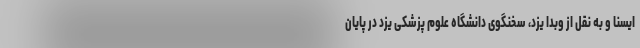
ایسنا و به نقل از وبدا یزد، سخنگوی دانشگاه علوم پزشکی یزد در پایان